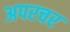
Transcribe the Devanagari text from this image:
अपरचर